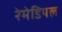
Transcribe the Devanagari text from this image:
रेमेडियल